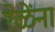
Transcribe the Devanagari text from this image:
रेळेंना